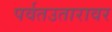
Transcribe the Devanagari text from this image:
पर्वतउतारावर